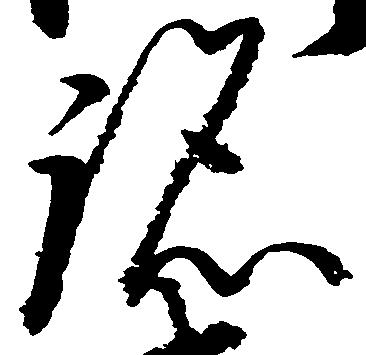
跡